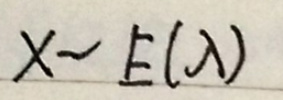
$X\sim E(\lambda)$